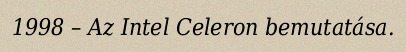
1998 – Az Intel Celeron bemutatása.